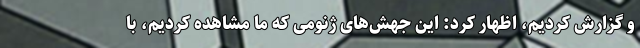
و گزارش کردیم، اظهار کرد: این جهش‌های ژنومی که ما مشاهده کردیم، با